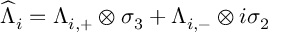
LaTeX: \widehat { \Lambda } _ { i } = \Lambda _ { i , + } \otimes \sigma _ { 3 } + \Lambda _ { i , - } \otimes i \sigma _ { 2 }